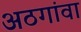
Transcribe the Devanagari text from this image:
अठगांवा